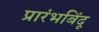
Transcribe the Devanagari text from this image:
प्रारंभबिंदू